Report of the Indian Hemp Drugs Commission, 1894-1895 - Volume VI
Year: 1894
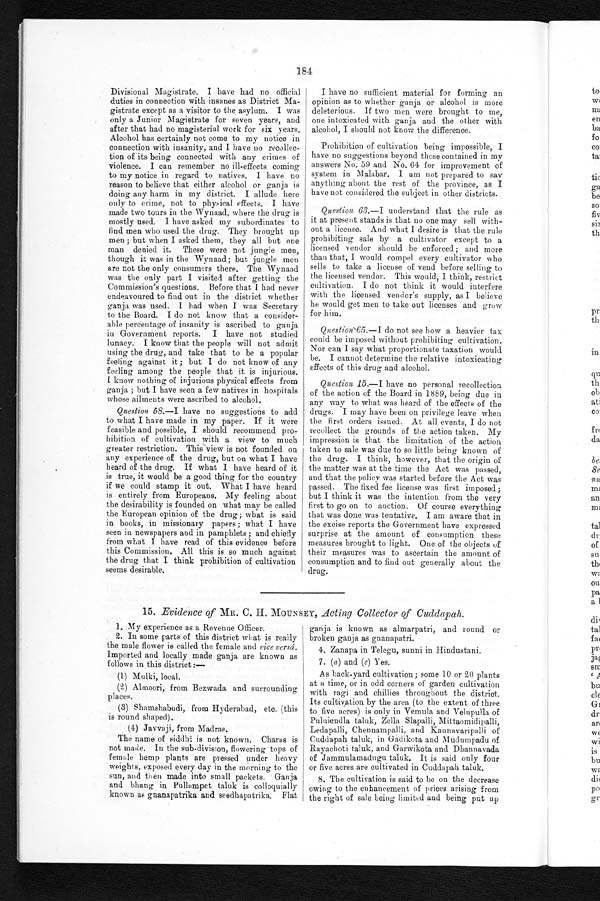
184
Divisional Magistrate. I have had no official
duties in connection with insanes as District Ma-
gistrate except as a visitor to the asylum. I was
only a Junior Magistrate for seven years, and
after that had no magisterial work for six years.
Alcohol has certainly not come to my notice in
connection with insanity, and I have no recollec-
tion of its being connected with any crimes of
violence. I can remember no ill-effects coming
to my notice in regard to natives. I have no
reason to believe that either alcohol or ganja is
doing any harm in my district. I allude here
only to crime, not to physical effects. I have
made two tours in the Wynaad, where the drug is
mostly used. I have asked my subordinates to
find men who used the drug. They brought up
men; but when I asked them, they all but one
man denied it. These were not jungle men,
though it was in the Wynaad; but jungle men
are not the only consumers there. The Wynaad
was the only part I visited after getting the
Commission's questions. Before that I had never
endeavoured to find out in the district whether
ganja was used. I had when I was Secretary
to the Board. I do not know that a consider-
able percentage of insanity is ascribed to ganja
in Government reports. I have not studied
lunacy. I know that the people will not admit
using the drug, and take that to be a popular
feeling against it; but I do not know of any
feeling among the people that it is injurious.
I know nothing of injurious physical effects from
ganja; but I have seen a few natives in hospitals
whose ailments were ascribed to alcohol.
Question 58.—I have no suggestions to add
to what I have made in my paper. If it were
feasible and possible, I should recommend pro-
hibition of cultivation with a view to much
greater restriction. This view is not founded on
any experience of the drug, but on what I have
heard of the drug. If what I have heard of it
is true, it would be a good thing for the country
if we could stamp it out. What I have heard
is entirely from Europeans. My feeling about
the desirability is founded on what may be called
the European opinion of the drug; what is said
in books, in missionary papers; what I have
seen in newspapers and in pamphlets; and chiefly
from what I have read of this evidence before
this Commission. All this is so much against
the drug that I think prohibition of cultivation
seems desirable.
I have no sufficient material for forming an
opinion as to whether ganja or alcohol is more
deleterious. If two men were brought to me,
one intoxicated with ganja and the other with
alcohol, I should not know the difference.
Prohibition of cultivation being impossible, I
have no suggestions beyond those contained in my
answers No. 59 and No. 64 for improvement of
system in Malabar. I am not prepared to say
anything about the rest of the province, as I
have not considered the subject in other districts.
Question 63.—I understand that the rule as
it at present stands is that no one may sell with-
out a license. And what I desire is that the rule
prohibiting sale by a cultivator except to a
licensed vendor should be enforced; and more
than that, I would compel every cultivator who
sells to take a license of vend before selling to
the licensed vendor. This would, I think, restrict
cultivation. I do not think it would interfere
with the licensed vendor's supply, as I believe
he would get men to take out licenses and grow
for him.
Question 65.—I do not see how a heavier tax
could be imposed without prohibiting cultivation.
Nor can I say what proportionate taxation would
be. I cannot determine the relative intoxicating
effects of this drug and alcohol.
Question 15 .—I have no personal recollection
of the action of the Board in 1889, being due in
any way to what was heard of the effects of the
drugs. I may have been on privilege leave when
the first orders issued. At all events, I do not
recollect the grounds of the action taken. My
impression is that the limitation of the action
taken to sale was due to so little being known of
the drug. I think, however, that the origin of
the matter was at the time the Act was passed,
and that the policy was started before the Act was
passed. The fixed fee license was first imposed;
but I think it was the intention from the very
first to go on to auction. Of course everything
that was done was tentative. I am aware that in
the excise reports the Government have expressed
surprise at the amount of consumption these
measures brought to light. One of the objects of
their measures was to ascertain the amount of
consumption and to find out generally about the
drug.
15. Evidence of MR. C. H. MOUNSEY, Acting Collector of Cuddapah.
1. My experience as a Revenue Officer.
2. In some parts of this district what is really
the male flower is called the female and vice versd.
Imported and locally made ganja are known as
follows in this district :—
(1) Mulki, local.
(2) Almoori, from Bezwada and surrounding
places.
(3) Shamshabudi, from Hyderabad, etc. (this
is round shaped).
(4)
Javvaji, from Madras.
The name of siddhi is not known. Charas is
not made. In the sub-division, flowering tops of
female hemp plants are pressed under heavy
weights, exposed every day in the morning to the
sun, and then made into small packets. Ganja
and bhang in Pullampet taluk is colloquially
known as gnanapatrika and seedhapatrika, Flat
ganja is known as almarpatri, and round or
broken ganja as gnanapatri.
4. Zanapa in Telegu, sunni in Hindustani.
7. (a) and (c) Yes.
As back-yard cultivation; some 10 or 20 plants
at a time, or in odd corners of garden cultivation
with ragi and chillies throughout the district.
Its cultivation by the area (to the extent of three
to five acres) is only in Vemula and Velupulla of
Puluiendla taluk, Zella Slapalli, Mittaomidipalli,
Ledapalli, Chennampalli, and Kaunavaripalli of
Cuddapah taluk, in Gadikota and Mudumpadu of
Rayachoti taluk, and Garwikota and Dhannavada
of Jammulamadugu taluk. It is said only four
or five acres are cultivated in Cuddapah taluk.
8. The cultivation is said to be on the decrease
owing to the enhancement of prices arising from
the right of sale being limited and being put up